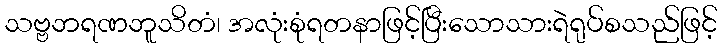
သဗ္ဗဘရဏဘူသိတံ၊ အလုံးစုံရတနာဖြင့်ပြီးသောသားရဲရုပ်စသည်ဖြင့်